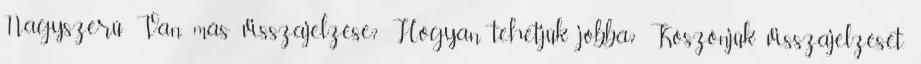
Nagyszerű Van más visszajelzése? Hogyan tehetjük jobbá? Köszönjük visszajelzését.